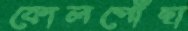
কোলপোঁছা